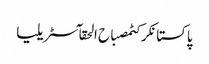
پاکستانکرکٹمصباح الحقآسٹریلیا